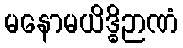
မနောမယိဒ္ဓိဉာဏံ